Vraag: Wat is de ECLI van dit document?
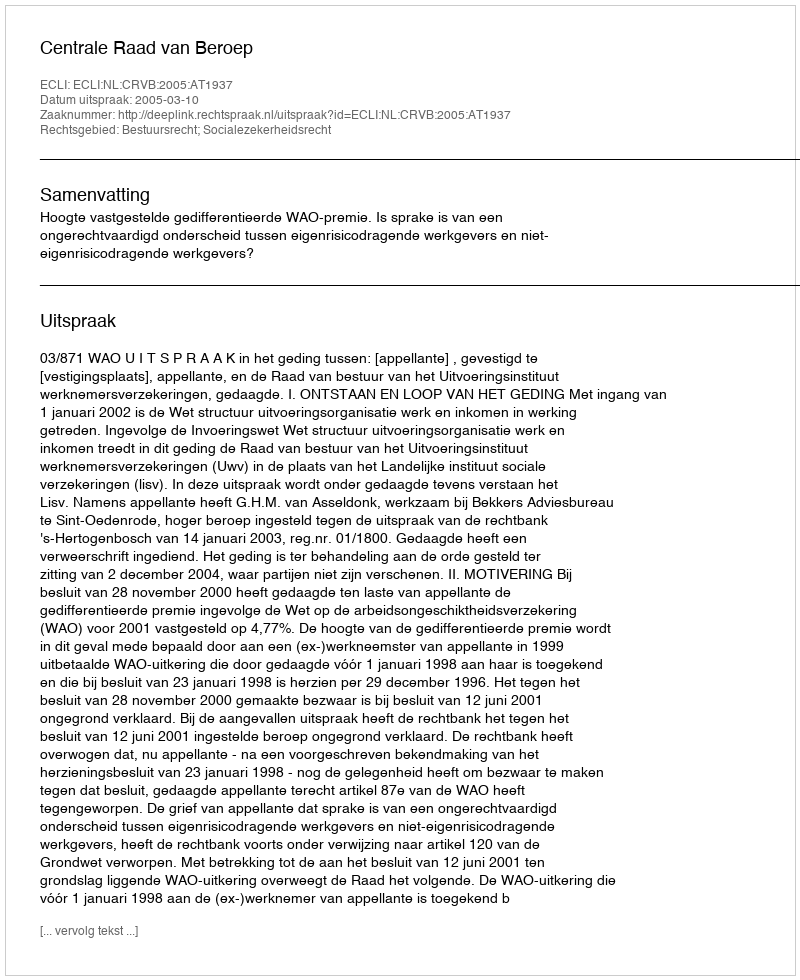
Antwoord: ECLI:NL:CRVB:2005:AT1937